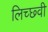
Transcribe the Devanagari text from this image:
लिच्छ्वी